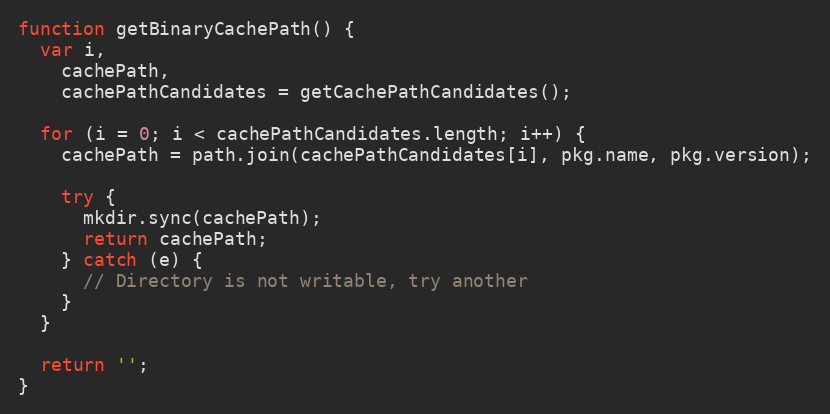
Language: JavaScript
function getBinaryCachePath() {
  var i,
    cachePath,
    cachePathCandidates = getCachePathCandidates();

  for (i = 0; i < cachePathCandidates.length; i++) {
    cachePath = path.join(cachePathCandidates[i], pkg.name, pkg.version);

    try {
      mkdir.sync(cachePath);
      return cachePath;
    } catch (e) {
      // Directory is not writable, try another
    }
  }

  return '';
}